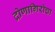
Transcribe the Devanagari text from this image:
द्रोणागिरीचा